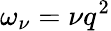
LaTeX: \omega_{\nu}=\nu q^{2}